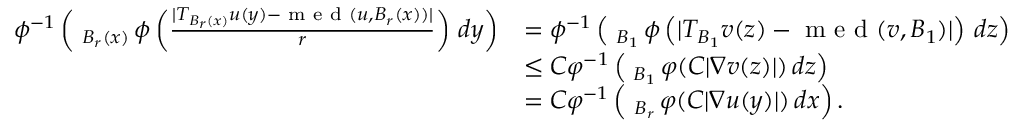
\begin{array} { r l } { \phi ^ { - 1 } \left( \fint _ { B _ { r } ( x ) } \phi \left( \frac { | T _ { B _ { r } ( x ) } u ( y ) - \textnormal { m e d } ( u , B _ { r } ( x ) ) | } { r } \right) \, d y \right) } & { = \phi ^ { - 1 } \left( \fint _ { B _ { 1 } } \phi \left( | T _ { B _ { 1 } } v ( z ) - \textnormal { m e d } ( v , B _ { 1 } ) | \right) \, d z \right) } \\ & { \leq C \varphi ^ { - 1 } \left( \fint _ { B _ { 1 } } \varphi ( C | \nabla v ( z ) | ) \, d z \right) } \\ & { = C \varphi ^ { - 1 } \left( \fint _ { B _ { r } } \varphi ( C | \nabla u ( y ) | ) \, d x \right) . } \end{array}